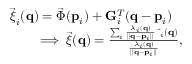
\begin{array} { r l } & { \vec { \boldsymbol { \xi } } _ { i } ( { \bf q } ) = \vec { \boldsymbol { \Phi } } ( { \bf p } _ { i } ) + { \bf G } _ { i } ^ { T } ( { \bf q } - { \bf p } _ { i } ) } \\ & { \qquad \implies \vec { \boldsymbol { \xi } } ( { \bf q } ) = \frac { \sum _ { i } \frac { \lambda _ { i } ( { \bf q } ) } { | | { \bf q } - { \bf p } _ { i } | | } \, \vec { \bf \xi } _ { i } ( { \bf q } ) } { \frac { \lambda _ { i } ( { \bf q } ) } { | | { \bf q } - { \bf p } _ { i } | | } } , } \end{array}